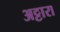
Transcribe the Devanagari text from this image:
अट्टारा